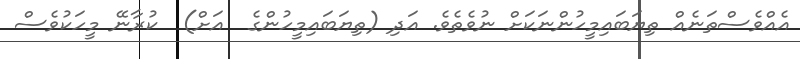
އެއްވެސްތަނެއް ތިޔަބައިމީހުންނަކަށް ނުވެތެވެ. އަދި (ތިޔަބައިމީހުންގެ  އަށް)  ކުރާނޭ މީހަކުވެސް